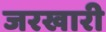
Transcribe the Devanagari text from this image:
जरखारी